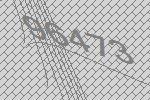
96473